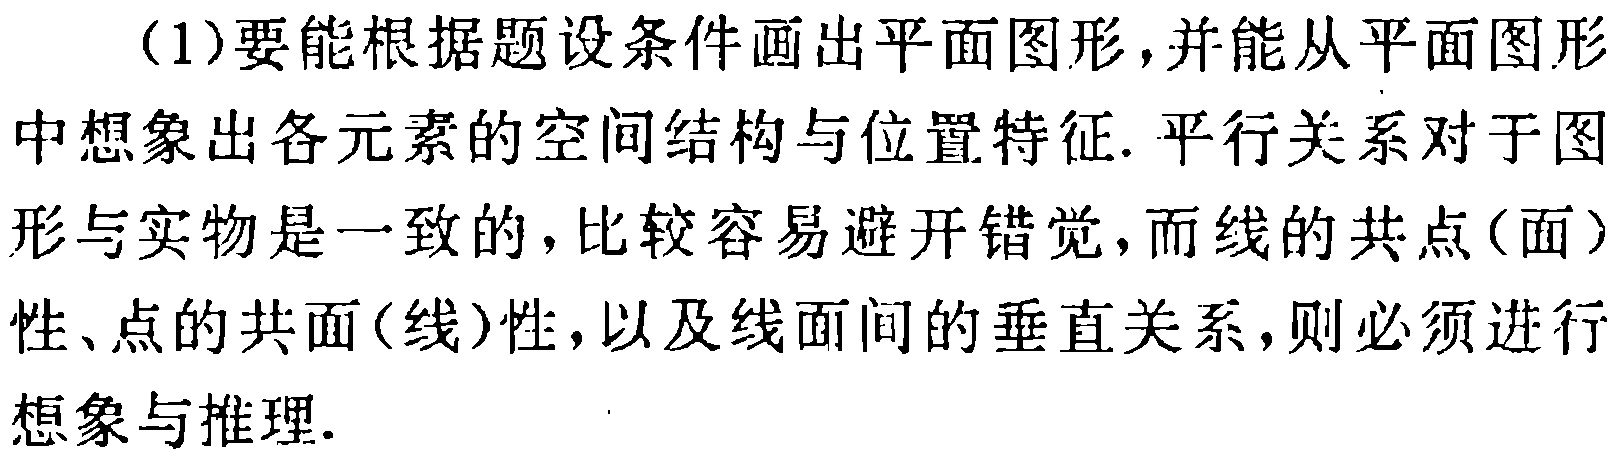
（1）要能根据题设条件画出平面图形，并能从平面图形中想象出各元素的空间结构与位置特征. 平行关系对于图形与实物是一致的，比较容易避开错觉，而线的共点（面）性、点的共面（线）性，以及线面间的垂直关系，则必须进行想象与推理.